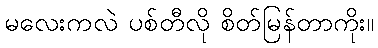
မလေးကလဲ ပစ်တီလို စိတ်မြန်တာကိုး။